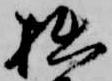
拙